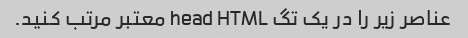
عناصر زیر را در یک تگ head HTML معتبر مرتب کنید.